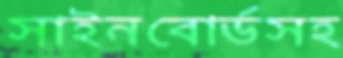
সাইনবোর্ডসহ